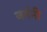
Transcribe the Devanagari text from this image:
जर्मनी